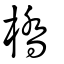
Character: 橋